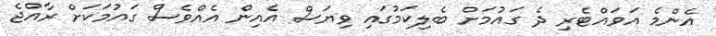
އެންމެ އަވައްޓެރި ދެ ގައުމަށް ބެލިކަމުގައި ވިޔަސް އެއިން އެއްވެސް ގައުމަކަށް ރާއްޖެ